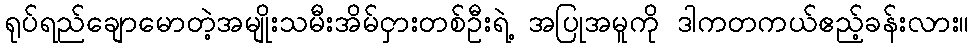
ရုပ်ရည်ချောမောတဲ့အမျိုးသမီးအိမ်ငှားတစ်ဦးရဲ့ အပြုအမူကို ဒါကတကယ်ဧည့်ခန်းလား။